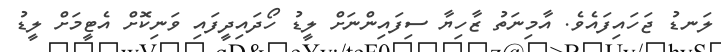
ލަނޑު ޖަހައިފައެވެ. އާމިނަތު ޒާހިޔާ ސިފައިންނަށް ލީޑު ހޯދައިދީފައި ވަނިކޮށް އެޓީމަށް ލީޑު